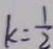
k = \frac { 1 } { 2 }